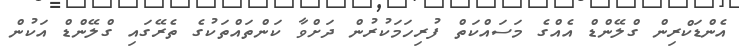
އެންޑަކްރިން ގްލޭންޑް އެއްގެ މަސައްކަތް ފުރިހަމަކުރުން ދަށްވާ ކަންތައްތަކުގެ ތެރޭގައި ގްލޭންޑް އަކުން